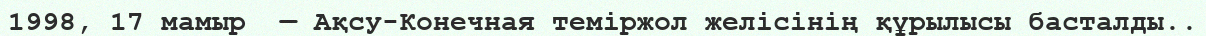
1998, 17 мамыр  — Ақсу-Конечная теміржол желісінің құрылысы басталды..